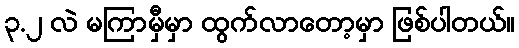
၃.၂ လဲ မကြာမှီမှာ ထွက်လာတော့မှာ ဖြစ်ပါတယ်။